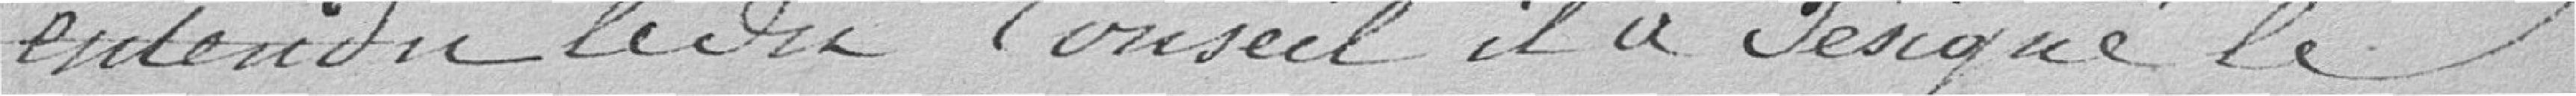
entendu le dit Conseil il a désigné le